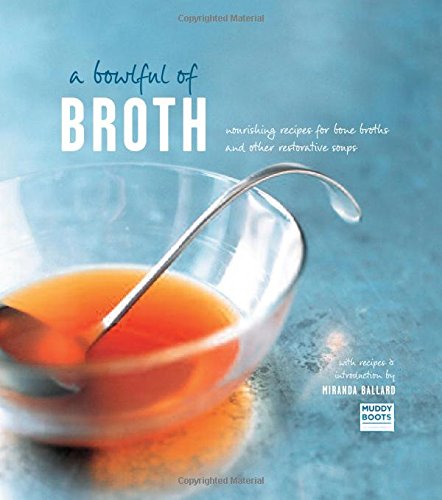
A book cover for A Bowlful of Broth: Nourishing recipes for bone broths and other restorative soups; Ryland Peters & Small; Cookbooks, Food & Wine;